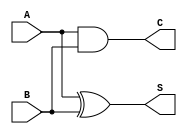
module half_adder (
    input wire A,     // First input bit
    input wire B,     // Second input bit
    output wire S,    // Sum output
    output wire C     // Carry output
);

// Assign the sum and carry outputs based on the half-adder logic
assign S = A ^ B;   // Sum is A XOR B
assign C = A & B;   // Carry is A AND B

endmodule